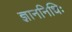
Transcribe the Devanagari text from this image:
ज्ञाननिधिः